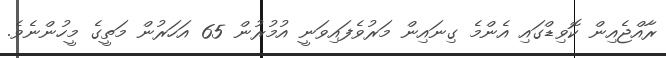
ރާއްޖެއިން ކޮވިޑްގައި އެންމެ ގިނައިން މަރުވެފައިވަނީ އުމުރުން 65 އަހަރުން މަތީގެ މީހުންނެވެ.